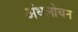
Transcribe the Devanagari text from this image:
अंधलोचन